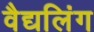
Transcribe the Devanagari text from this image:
वैद्यलिंग